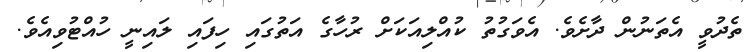
ތެދުވީ އެތަނުން ދާށެވެ. އެވަގުތު ކުއްލިއަކަށް ރުހާގެ އަތުގައި ހިފައި ލައިނީ ހުއްޓުވިއެވެ.